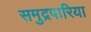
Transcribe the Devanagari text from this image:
समुद्रपारिया